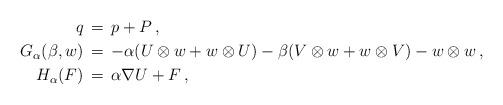
LaTeX: \begin{align*}q & \,=\, p + P\,, \\G_\alpha (\beta,w) & \,=\, -\alpha ( U \otimes w + w \otimes U ) - \beta ( V \otimes w + w \otimes V ) - w \otimes w\,, \\H_\alpha (F) & \,=\, \alpha \nabla U + F\,,\end{align*}